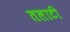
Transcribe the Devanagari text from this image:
तलाटी